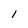
Character: l